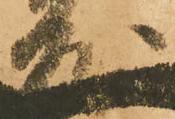
友